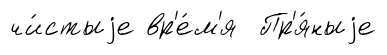
чи́стыjе вр'е́м'я Пр'я́ныjе